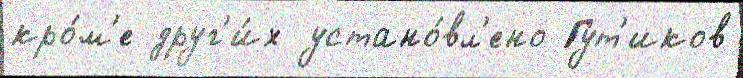
кро́м'е друг'и́х устано́вл'ено Гут'иков